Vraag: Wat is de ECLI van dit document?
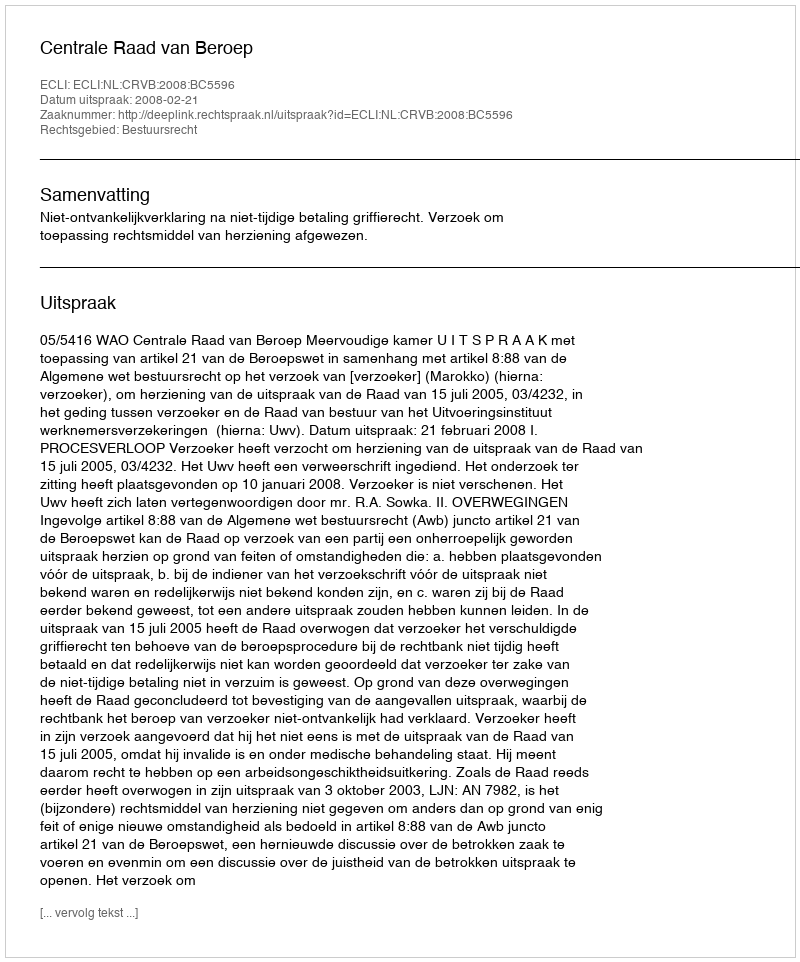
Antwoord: ECLI:NL:CRVB:2008:BC5596